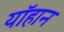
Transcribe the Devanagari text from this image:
यॉहान